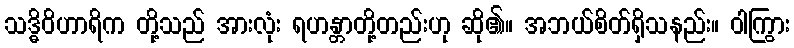
သဒ္ဓိဝိဟာရိက တို့သည် အားလုံး ရဟန္တာတို့တည်းဟု ဆို၏။ အဘယ်စိတ်ရှိသနည်း။ ဝါကြွား